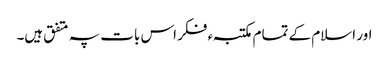
اور اسلام کے تمام مکتبہء فکر اس بات پہ متفق ہیں۔